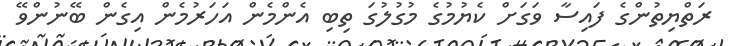
ރަތްޔިތުންގެ ފައިސާ ވަގަށް ކެޔުމުގެ މުގުލުގަ ތިބި އެންމެން އަހަރުމެން އިގެން ބޭނުންވޭ